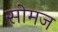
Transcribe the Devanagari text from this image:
सोमज